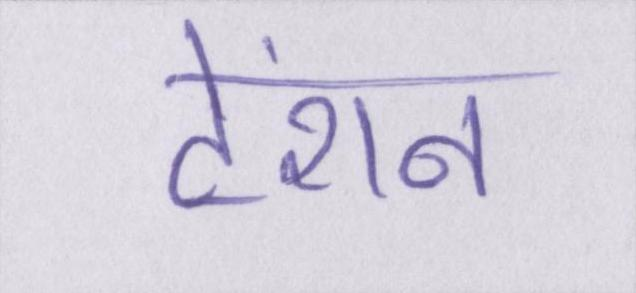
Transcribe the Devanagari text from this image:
टेंशन